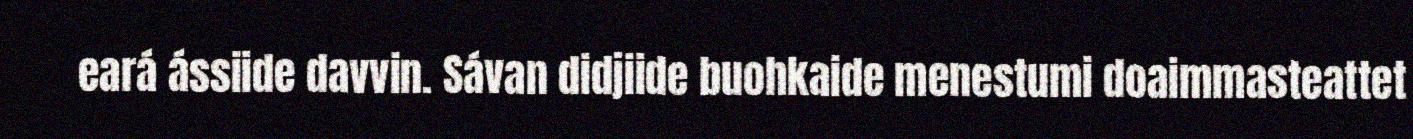
eará ássiide davvin. Sávan didjiide buohkaide menestumi doaimmasteattet